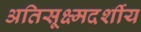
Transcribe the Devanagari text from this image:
अतिसूक्ष्मदर्शीय